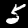
Digit: 5